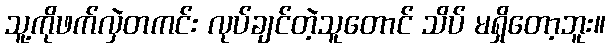
သူ့ကိုဖက်လှဲတကင်း လုပ်ချင်တဲ့သူတောင် သိပ် မရှိတော့ဘူး။